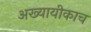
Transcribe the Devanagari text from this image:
अख्यायीकाच